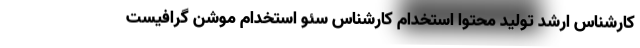
کارشناس ارشد تولید محتوا استخدام کارشناس سئو استخدام موشن گرافیست